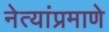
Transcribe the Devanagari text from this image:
नेत्यांप्रमाणे